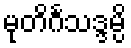
မုတိင်္ဂသဒ္ဒမ္ပိ